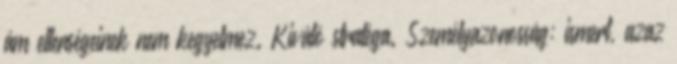
ám ellenségeinek nem kegyelmez. Kiváló stratéga. Személyazonosság: ismert, azaz